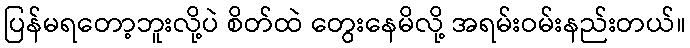
ပြန်မရတော့ဘူးလို့ပဲ စိတ်ထဲ တွေးနေမိလို့ အရမ်းဝမ်းနည်းတယ်။